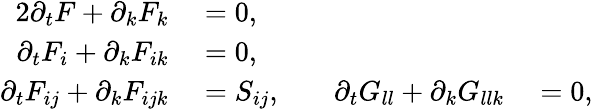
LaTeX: \begin{array}{rlrl}{{2}\partial_{t}F+\partial_{k}F_{k}}&{{}=0,}&{\quad}&{{}\quad}\\ {\partial_{t}F_{i}+\partial_{k}F_{ik}}&{{}=0,}&{\quad}&{{}\quad}\\ {\partial_{t}F_{ij}+\partial_{k}F_{ijk}}&{{}=S_{ij},}&{\quad\partial_{t}G_{ll}+\partial_{k}G_{llk}}&{{}=0,}\end{array}